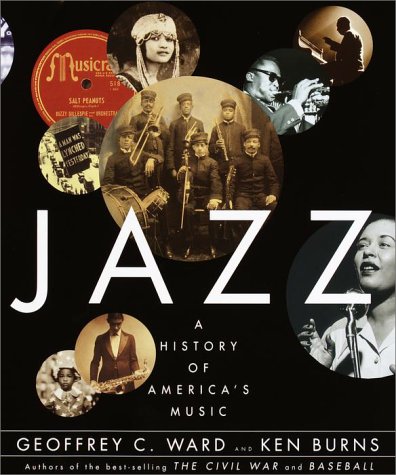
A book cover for Jazz: A History of America's Music; Geoffrey C. Ward; Arts & Photography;